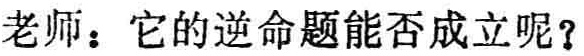
老师：它的逆命题能否成立呢？